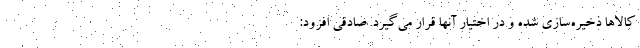
کالاها ذخیره‌سازی شده و در اختیار آنها قرار می‌گیرد. صادقی افزود: